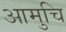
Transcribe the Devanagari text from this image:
आमुचि